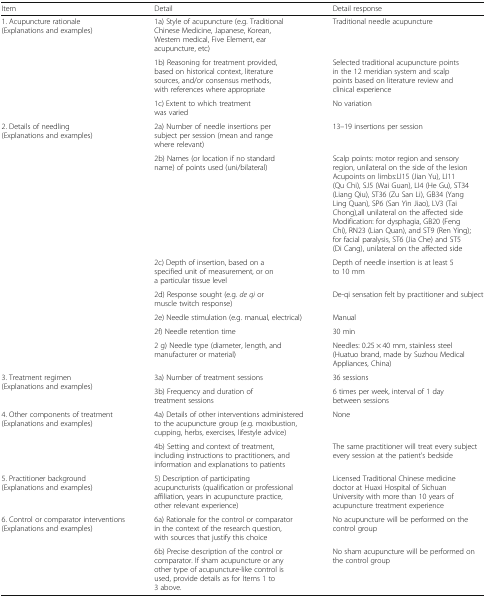
<table><thead><tr><td><b>Item</b></td><td><b>Detail</b></td><td><b>Detail response</b></td></tr></thead><tbody><tr><td rowspan="3">1. Acupuncture rationale(Explanations and examples)</td><td>1a) Style of acupuncture (e.g. Traditional Chinese Medicine, Japanese, Korean, Western medical, Five Element, ear acupuncture, etc)</td><td>Traditional needle acupuncture</td></tr><tr><td>1b) Reasoning for treatment provided, based on historical context, literature sources, and/or consensus methods, with references where appropriate</td><td>Selected traditional acupuncture points in the 12 meridian system and scalp points based on literature review and clinical experience</td></tr><tr><td>1c) Extent to which treatment was varied</td><td>No variation</td></tr><tr><td rowspan="7">2. Details of needling(Explanations and examples)</td><td>2a) Number of needle insertions per subject per session (mean and range where relevant)</td><td>13–19 insertions per session</td></tr><tr><td>2b) Names (or location if no standard name) of points used (uni/bilateral)</td><td>Scalp points: motor region and sensory region, unilateral on the side of the lesionAcupoints on limbs:LI15 (Jian Yu), LI11 (Qu Chi), SJ5 (Wai Guan), LI4 (He Gu), ST34 (Liang Qiu), ST36 (Zu San Li), GB34 (Yang Ling Quan), SP6 (San Yin Jiao), LV3 (Tai Chong),all unilateral on the affected sideModification: for dysphagia, GB20 (Feng Chi), RN23 (Lian Quan), and ST9 (Ren Ying); for facial paralysis, ST6 (Jia Che) and ST5 (Di Cang), unilateral on the affected side</td></tr><tr><td>2c) Depth of insertion, based on a specified unit of measurement, or on a particular tissue level</td><td>Depth of needle insertion is at least 5 to 10 mm</td></tr><tr><td>2d) Response sought (e.g. <i>de qi</i> or muscle twitch response)</td><td>De-qi sensation felt by practitioner and subject</td></tr><tr><td>2e) Needle stimulation (e.g. manual, electrical)</td><td>Manual</td></tr><tr><td>2f) Needle retention time</td><td>30 min</td></tr><tr><td>2 g) Needle type (diameter, length, and manufacturer or material)</td><td>Needles: 0.25 × 40 mm, stainless steel (Huatuo brand, made by Suzhou Medical Appliances, China)</td></tr><tr><td rowspan="2">3. Treatment regimen(Explanations and examples)</td><td>3a) Number of treatment sessions</td><td>36 sessions</td></tr><tr><td>3b) Frequency and duration of treatment sessions</td><td>6 times per week, interval of 1 day between sessions</td></tr><tr><td rowspan="2">4. Other components of treatment(Explanations and examples)</td><td>4a) Details of other interventions administered to the acupuncture group (e.g. moxibustion, cupping, herbs, exercises, lifestyle advice)</td><td>None</td></tr><tr><td>4b) Setting and context of treatment, including instructions to practitioners, and information and explanations to patients</td><td>The same practitioner will treat every subject every session at the patient’s bedside</td></tr><tr><td>5. Practitioner background(Explanations and examples)</td><td>5) Description of participating acupuncturists (qualification or professional affiliation, years in acupuncture practice, other relevant experience)</td><td>Licensed Traditional Chinese medicine doctor at Huaxi Hospital of Sichuan University with more than 10 years of acupuncture treatment experience</td></tr><tr><td rowspan="2">6. Control or comparator interventions(Explanations and examples)</td><td>6a) Rationale for the control or comparator in the context of the research question, with sources that justify this choice</td><td>No acupuncture will be performed on the control group</td></tr><tr><td>6b) Precise description of the control or comparator. If sham acupuncture or any other type of acupuncture-like control is used, provide details as for Items 1 to 3 above.</td><td>No sham acupuncture will be performed on the control group</td></tr></tbody></table>